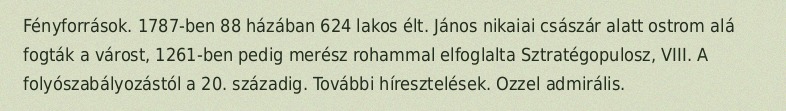
Fényforrások. 1787-ben 88 házában 624 lakos élt. János nikaiai császár alatt ostrom alá fogták a várost, 1261-ben pedig merész rohammal elfoglalta Sztratégopulosz, VIII. A folyószabályozástól a 20. századig. További híresztelések. Ozzel admirális.